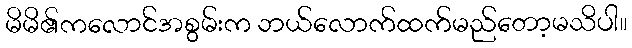
မိမိ၏ကလောင်အစွမ်းက ဘယ်လောက်ထက်မည်တော့မသိပါ။